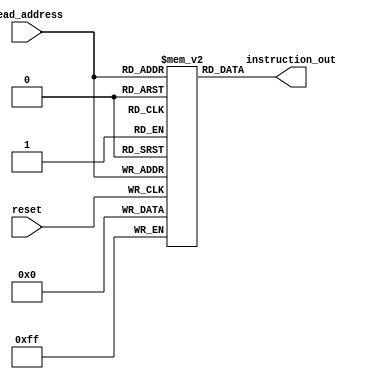
`timescale 1ns / 1ps
//////////////////////////////////////////////////////////////////////////////////
// Company: Self
// 
// Design Name: 
// Module Name: ins_mem
// Project Name: 
// Target Devices: 
// Tool Versions: 
// Description: 
// 
// Dependencies: 
// 
// Revision:
// Revision 0.01 - File Created
// Additional Comments:
// 
//////////////////////////////////////////////////////////////////////////////////


module ins_mem(read_address, instruction_out, reset);
input [3:0] read_address;
input reset;
output [7:0] instruction_out;

reg [7:0] memory [15:0];
initial  
begin  
                memory[0] = 8'b10000101;  
                memory[1] = 8'b00100110;  
                memory[2] = 8'b11010000;  
                memory[3] = 8'b11010111;  
                memory[4] = 8'b11111001;  
                memory[5] = 8'b11000100; 
                memory[6] = 8'b00001011;  
                memory[7] = 8'b01000000;  
                memory[8] = 8'b00001100;  
                memory[9] = 8'b00010000;  
                memory[10] = 8'b00110000;  
                memory[11] = 8'b00011000;  
                memory[12] = 8'b01100000;  
                memory[13] = 8'b00000010;  
                memory[14] = 8'b00001000;  
                memory[15] = 8'b01000000;  
end

always @(posedge reset)
begin
memory[read_address] = 8'b00000000;

end

assign instruction_out = memory[read_address];
endmodule